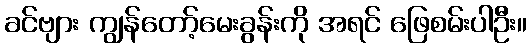
ခင်ဗျား ကျွန်တော့်မေးခွန်းကို အရင် ဖြေစမ်းပါဦး။